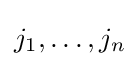
j_{1},\ldots ,j_{n}